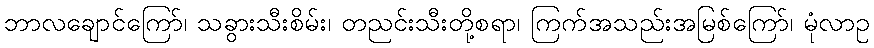
ဘာလချောင်ကြော်၊ သခွားသီးစိမ်း၊ တညင်းသီးတို့စရာ၊ ကြက်အသည်းအမြစ်ကြော်၊ မုံလာဥ